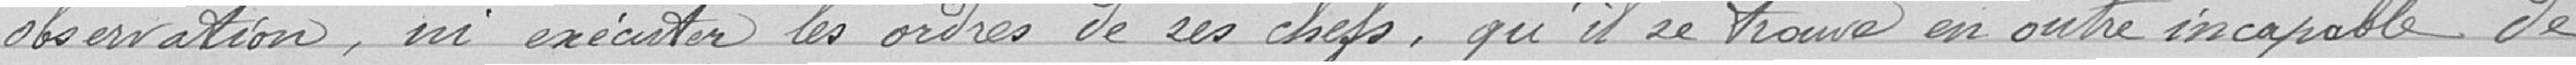
observation, ni exécuter les ordres de ses chefs, qu'il se trouve en outre incapable de